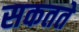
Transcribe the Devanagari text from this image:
सकतते